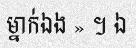
ម្នាក់ឯង » ។ ឯ